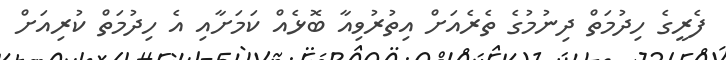
ފެރީގެ ހިދުމަތް ދިނުމުގެ ތެރެއަށް އިތުރުވިއާ ބޮޅެއް ކަމަށާއި އެ ހިދުމަތް ކުރިއަށް